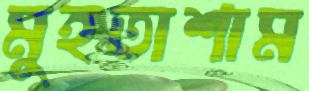
মুহতাশাম